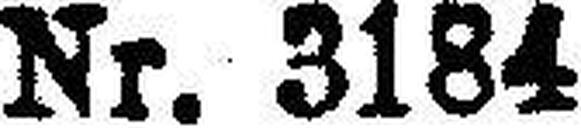
Nr. 3184